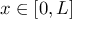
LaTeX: x \in [ 0 , L ]